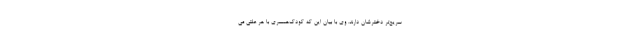
سریع‌تر دخترشان دارند. وی با بیان این که کودک‌همسری با هر علتی می